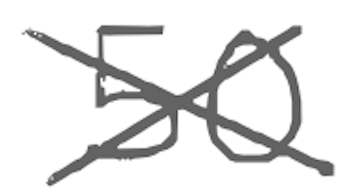
Text: 50
Cross-out: mix
Writing tool: digital_gray